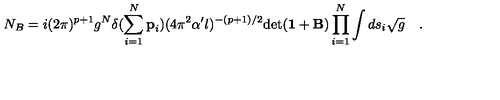
N _ { B } = i ( 2 \pi ) ^ { p + 1 } g ^ { N } \delta ( \sum _ { i = 1 } ^ { N } { \bf p } _ { i } ) ( 4 \pi ^ { 2 } \alpha ^ { \prime } l ) ^ { - ( p + 1 ) / 2 } \mathrm { d e t } ( { \bf 1 } + { \bf B } ) \prod _ { i = 1 } ^ { N } \int d s _ { i } { \sqrt { g } } \quad .